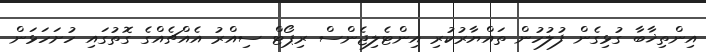
އިންތިޚާބާ ގުޅިގެން ފުލުހުން ތައްޔާރުކުރި އިންޓެލިޖެންސް ރިޕޯޓް ސިއްރު އެއްޗެއްގެ ގޮތުގައި ހުށަހަޅަން